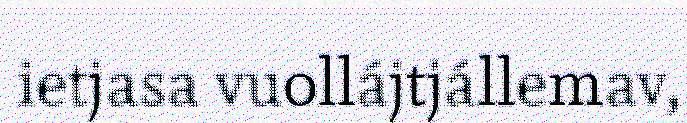
ietjasa vuollájtjállemav,